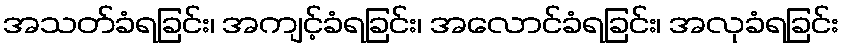
အသတ်ခံရခြင်း၊ အကျင့်ခံရခြင်း၊ အလောင်ခံရခြင်း၊ အလုခံရခြင်း